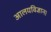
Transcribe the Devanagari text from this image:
आलयविज्ञान।